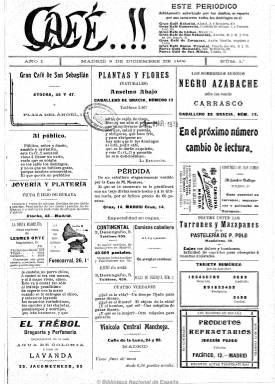
Título: Café-!! (Madrid. 1906)
Otros títulos: Café
Colección: Prensa gratuita
Ámbito geográfico: Madrid
Lugar de publicación: Madrid
Fechas: 09/12/1906-31/05/1908

El periódico, pionero de la prensa con carácter exclusivamente comercial, era distribuido en concreto en ocho cafés de Madrid, de los cuales únicamente sigue abierto el Café Comercial de la glorieta de Bilbao. A principios de siglo XX, los cafés eran lugares privilegiados de socialización donde tenían lugar además las tertulias literarias. El Café Oriental, por ejemplo, que es el primero que aparece en la cabecera de la publicación y que estaba situado al comienzo de la calle de Alcalá, junto a la Puerta del Sol, fue frecuentado entre otros por Galdós, Rubén Darío o Jorge Luis Borges.

     Mezcladas entre los anuncios, la publicación, que constaba de cuatro páginas, incluía adivinanzas, epigramas, cantares, fabulas, chistes y otras bagatelas que servían para dar variedad y hacerla atractiva. Pedía que se le enviaran estas colaboraciones y cuando faltaban o no había tampoco suficiente publicidad se dejaba el espacio en blanco con la leyenda: disponible.

   Se trata de un buen periódico para informarse de cuáles eran los productos más comunes de consumo o los servicios más solicitados a principios del siglo XX. No falta el socorrido crecepelo milagroso capaz de acabar con la más rebelde calvicie, todo tipo de remedios medicinales como el bicarbonato y el aceite de hígado de bacalao, anuncios de confiterías y establecimientos de todo tipo, hasta de cinematógrafos que empezaban a aparecer en Madrid, como el del Petit Palais. Los anuncios también eran de particulares. Así, podemos leer cómo se vende un hermoso perro de Terranova o cómo el propietario de una casa alquila habitaciones exteriores con luz eléctrica.

       Incluso había espacio para costumbres ya en desuso como el lenguaje amoroso de los guantes, prenda entonces de uso común entre las personas de mejor posición:
‘Sin guante en la mano derecha: «Me eres indiferente». Sin guante en la mano izquierda: «¡Te adoro mucho!». Quitándose el guante de la mano derecha: «Hoy no salgo». Quitándose el guante de la mano izquierda: «No quiero amores». Dejar caer el guante de la mano derecha: «No dudes de mi cariño. «Dejar caer el de la mano izquierda: «Quiero casarme».

  En fin, un periódico sin pretensiones para echarle un vistazo en el café mientras se espera a ser servido o se espera compañía, que sirve de testimonio de una incipiente sociedad de consumo, al menos en Madrid. Su extraño título con la palabra Café seguida de cuatro puntos y dos líneas sinuosas ascendiendo de los dos últimos parece representar con dos signos de admiración el vaporoso aroma que desprende una taza de café bien caliente.

[Descripción modificada el 03/04/2020]